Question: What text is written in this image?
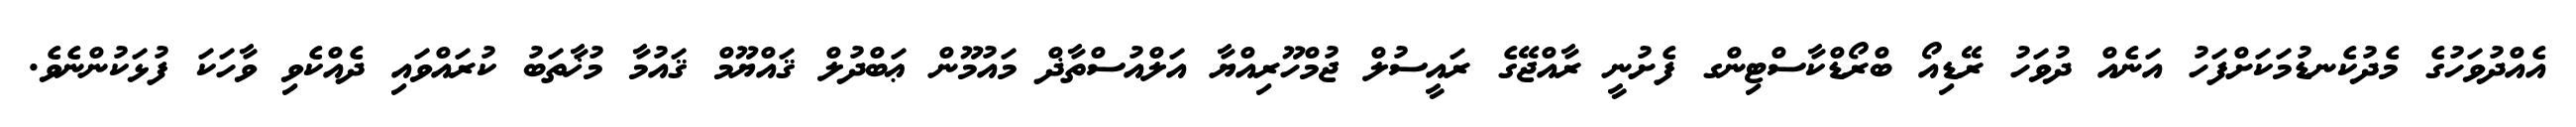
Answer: އެއްދުވަހުގެ މެދުކެނޑުމަކަށްފަހު އަނެއް ދުވަހު ރޭޑިއޯ ބްރޯޑްކާސްޓިންގ ފެށުނީ ރާއްޖޭގެ ރައީސުލް ޖުމްހޫރިއްޔާ އަލްއުސްތާޛް މައުމޫން ޢަބްދުލް ޤައްޔޫމް ޤައުމާ މުޚާތަބު ކުރައްވައި ދެއްކެވި ވާހަކަ ފުޅަކުންނެވެ.